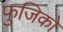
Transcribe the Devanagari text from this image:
फुजिको